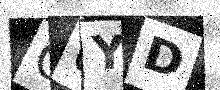
Text: OUYD